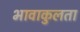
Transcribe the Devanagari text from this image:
भावाकुलता